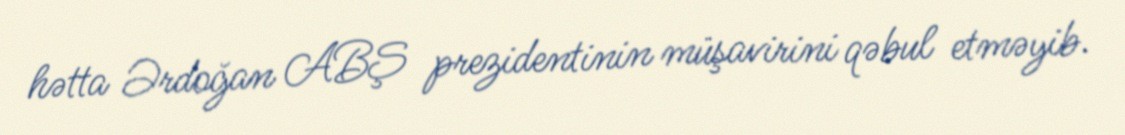
hətta Ərdoğan ABŞ prezidentinin müşavirini qəbul etməyib.